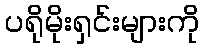
ပရိုမိုးရှင်းများကို